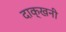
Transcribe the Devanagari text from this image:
दाक्खनी